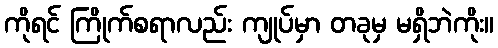
ကိုရင် ကြိုက်စရာလည်း ကျုပ်မှာ တခုမှ မရှိဘဲကိုး။